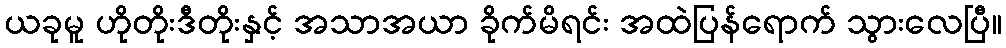
ယခုမူ ဟိုတိုးဒီတိုးနှင့် အသာအယာ ခိုက်မိရင်း အထဲပြန်ရောက် သွားလေပြီ။